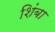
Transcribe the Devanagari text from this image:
शिंबा